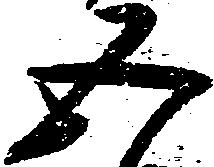
五